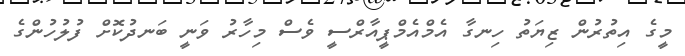
މީގެ އިތުރުން ޒިޔަތު ހިނގާ އެމްއެމްޕީއާރްސީ ވެސް މިހާރު ވަނީ ބަނދުކޮށް ފުލުހުންގެ